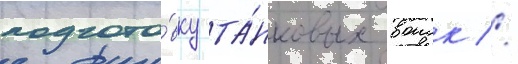
подгото́вку та́нковых воиск //